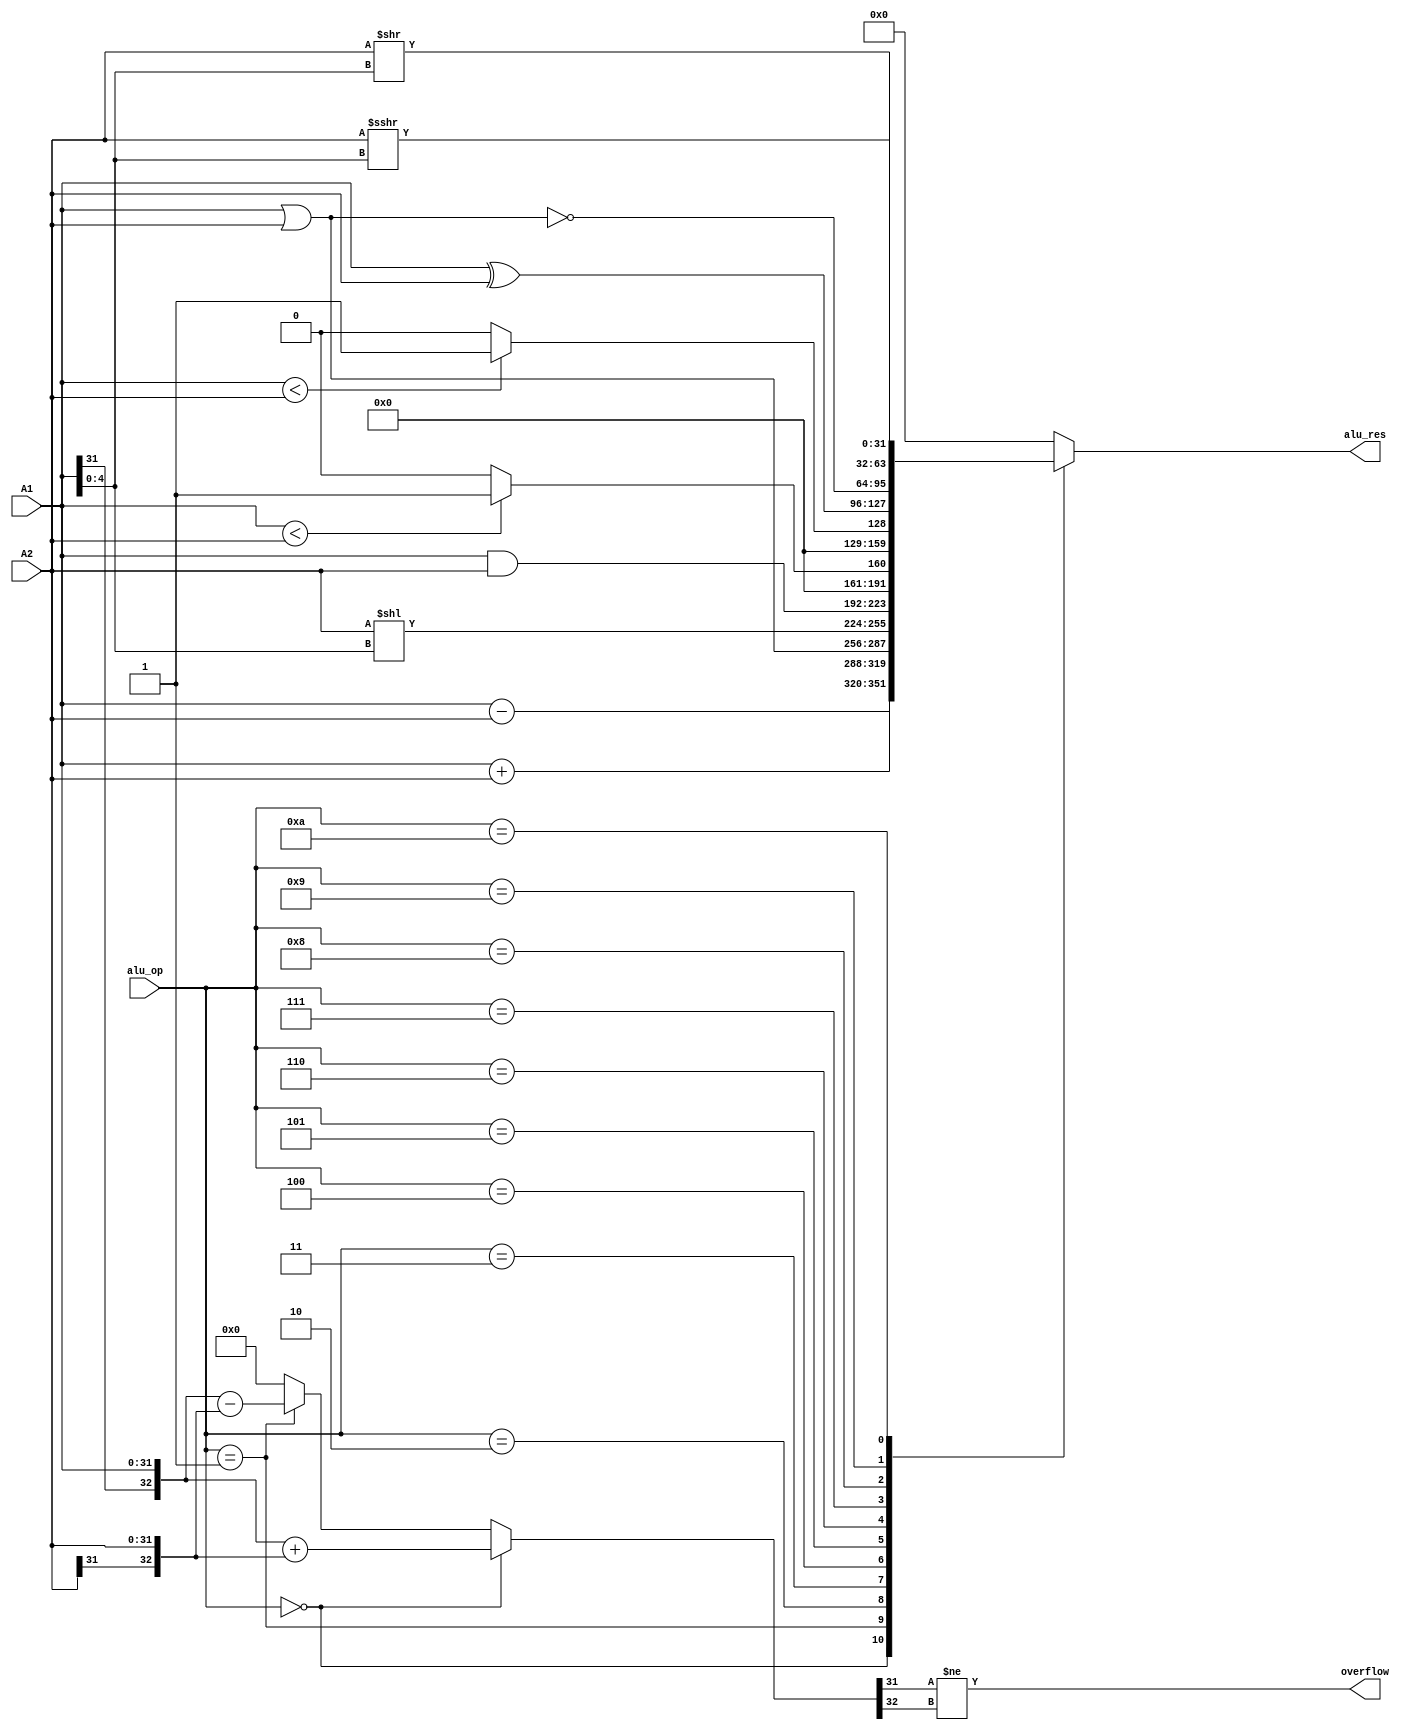
module ALU(
    input [31:0] A1, A2,
    input [4:0] alu_op,
    output reg [31:0] alu_res,
    output overflow
);
    // assign alu_res = (alu_op == 0) ? A1 + A2 :
    //                 (alu_op == 1) ? A1 - A2 :
    //                 (alu_op == 2) ? (A1 | A2) :
    //                 (alu_op == 3) ? (A2 << A1) : 0;
    wire [32:0] temp =  alu_op == 0 ? {A1[31], A1} + {A2[31],A2 } :
                        alu_op == 1 ? {A1[31], A1} - {A2[31], A2} : 0;
    assign overflow = (temp[31]!=temp[32]);
 
    always @* begin
        case (alu_op)
            0 : alu_res <= A1 + A2;
            1 : alu_res <= A1 - A2;
            2 : alu_res <= (A1 | A2);
            3 : alu_res <= (A2 << A1[4:0]);
            4 : alu_res <= (A1 & A2);
            5 : alu_res <= ($signed(A1) < $signed(A2)) ? 1 : 0;
            6 : alu_res <= ({1'b0,A1} < {1'b0,A2}) ? 1 : 0;
            7 : alu_res <= (A1 ^ A2);
            8 : alu_res <= ~(A1 | A2);
            9 : alu_res <= (A2 >> A1[4:0]);
            10: alu_res <= ($signed(A2) >>> A1[4:0]);
            default : alu_res <= 0;
        endcase
    end

endmodule